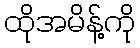
ထိုအမိန့်ကို